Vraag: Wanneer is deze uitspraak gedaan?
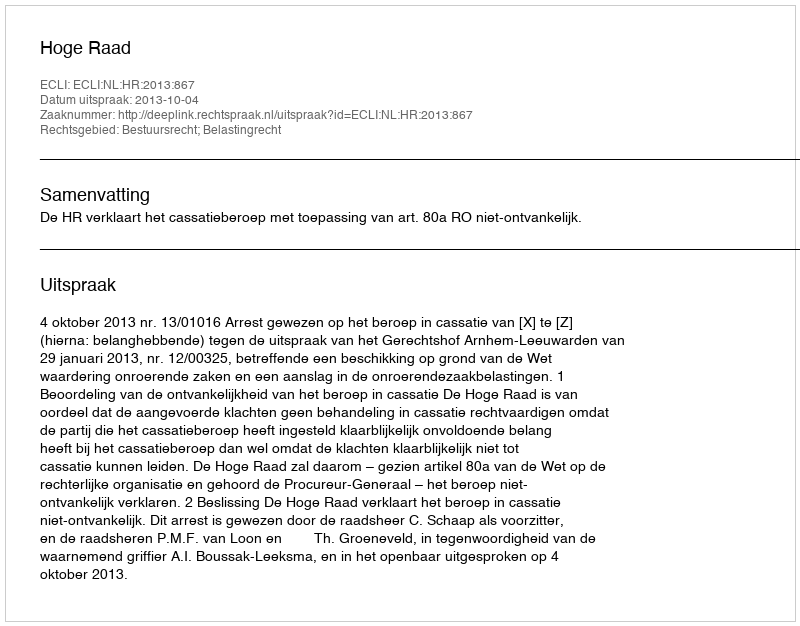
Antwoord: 2013-10-04